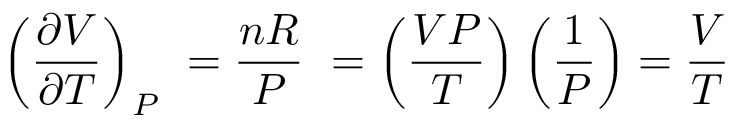
\left( { \frac { \partial V } { \partial T } } \right) _ { P } \ = { \frac { n R } { P } } \ = \left( { \frac { V P } { T } } \right) \left( { \frac { 1 } { P } } \right) = { \frac { V } { T } }